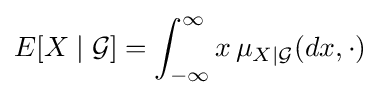
E[X\mid {\mathcal {G}}]=\int _{-\infty }^{\infty }x\,\mu _{X\mid {\mathcal {G}}}(dx,\cdot )